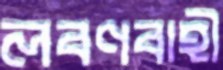
লবণবাহী